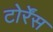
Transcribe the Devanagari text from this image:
टोर्रेंस